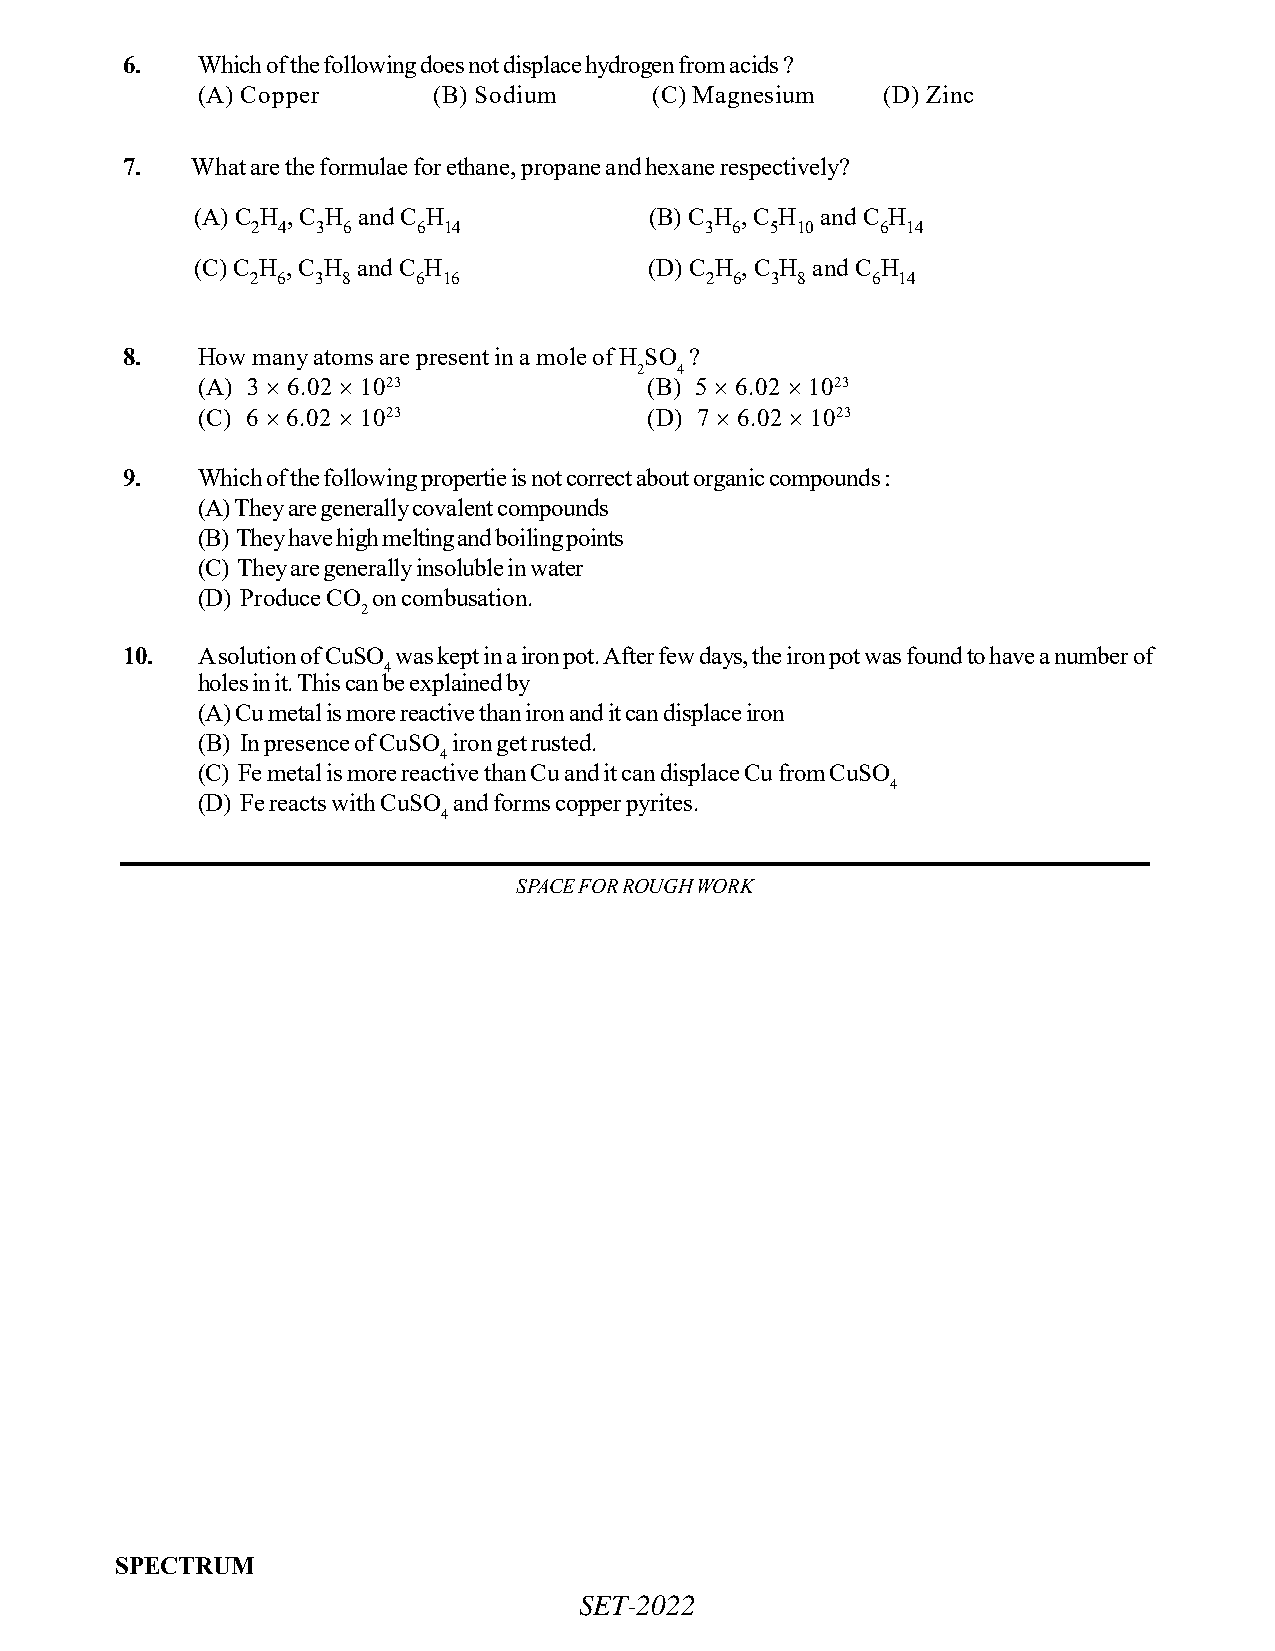
6.   Which of the following does not displace hydrogen from acids ?
 (A) Copper      (B) Sodium    (C) Magnesium  (D) Zinc
 7.   What are the formulae for ethane, propane and hexane respectively?
 (A) C H , C H and C H         (B) C H , C H and C H
 2 4 3 6    6 14               3 6 5 10   6 14
 (C) C H , C H and C H         (D) C H , C H and C H
 2 6 3 8    6 16               2 6 3 8    6 14
 8.   How many atoms are present in a mole of H SO ?
 2  4
 (A) 3  6.02  1023           (B) 5  6.02  1023
 (C) 6  6.02  1023           (D) 7  6.02  1023
 9.   Which of the following propertie is not correct about organic compounds :
 (A) They are generally covalent compounds
 (B) They have high melting and boiling points
 (C) They are generally insoluble in water
 (D) Produce CO on combusation.
 2
 10.  A solution of CuSO was kept in a iron pot. After few days, the iron pot was found to have a number of
 4
 holes in it. This can be explained by
 (A) Cu metal is more reactive than iron and it can displace iron
 (B) In presence of CuSO iron get rusted.
 4
 (C) Fe metal is more reactive than Cu and it can displace Cu from CuSO
 4
 (D) Fe reacts with CuSO and forms copper pyrites.
 4
 SPACE FOR ROUGH WORK
 SPECTRUM
 SET-2022